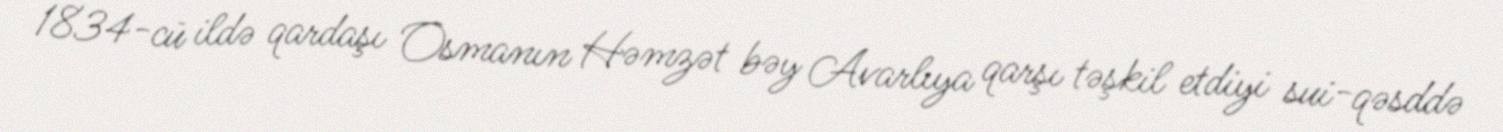
1834-cü ildə qardaşı Osmanın Həmzət bəy Avarlıya qarşı təşkil etdiyi sui-qəsddə